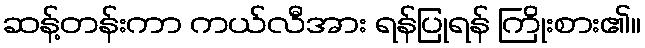
ဆန့်တန်းကာ ကယ်လီအား ရန်ပြုရန် ကြိုးစား၏။